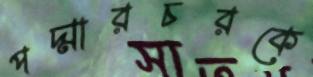
পদ্মারচরকে